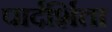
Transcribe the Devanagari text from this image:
पार्दर्शिता